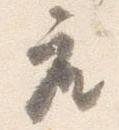
座